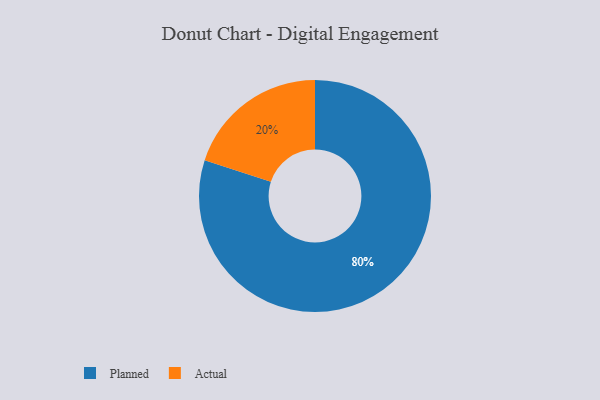
{"axis": {"x": "Category", "y": "Percentage"}, "legend": ["Actual", "Planned"], "data": [{"x": "Planned", "y": 80, "type": "Planned"}, {"x": "Actual", "y": 20, "type": "Actual"}]}